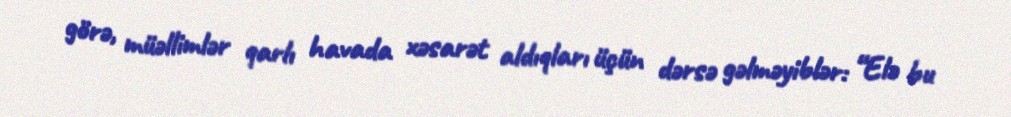
görə, müəllimlər qarlı havada xəsarət aldıqları üçün dərsə gəlməyiblər: “Elə bu